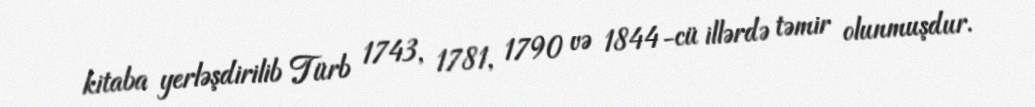
kitaba yerləşdirilib Türb 1743, 1781, 1790 və 1844-cü illərdə təmir olunmuşdur.